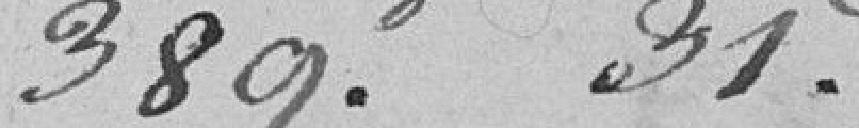
389.f 35.